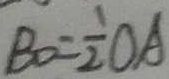
B O = \frac { 1 } { 2 } O A